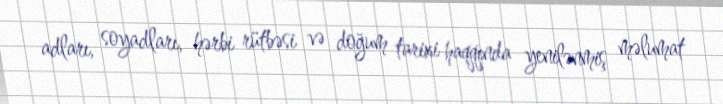
adları, soyadları, hərbi rütbəsi və doğum tarixi haqqında yenilənmiş məlumat